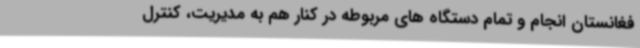
فغانستان انجام و تمام دستگاه های مربوطه در کنار هم به مدیریت، کنترل